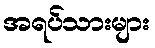
အရပ်သားများ